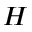
H